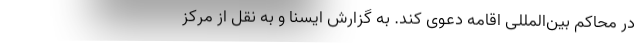
در محاکم بین‌المللی اقامه دعوی کند. به گزارش ایسنا و به نقل از مرکز